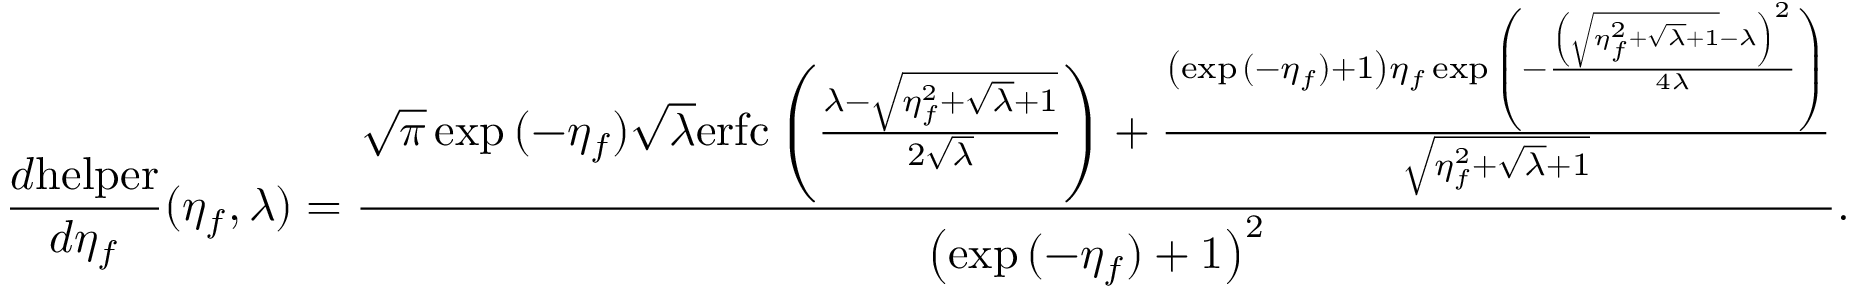
\frac { d \mathrm { h e l p e r } } { d \eta _ { f } } ( \eta _ { f } , \lambda ) = \frac { \sqrt { \pi } \exp { ( - \eta _ { f } ) } \sqrt { \lambda } \mathrm { e r f c } \left( \frac { \lambda - \sqrt { \eta _ { f } ^ { 2 } + \sqrt { \lambda } + 1 } } { 2 \sqrt { \lambda } } \right) + \frac { \left( \exp { ( - \eta _ { f } ) } + 1 \right) \eta _ { f } \exp { \left( - \frac { \left( \sqrt { \eta _ { f } ^ { 2 } + \sqrt { \lambda } + 1 } - \lambda \right) ^ { 2 } } { 4 \lambda } \right) } } { \sqrt { \eta _ { f } ^ { 2 } + \sqrt { \lambda } + 1 } } } { \left( \exp { ( - \eta _ { f } ) } + 1 \right) ^ { 2 } } .